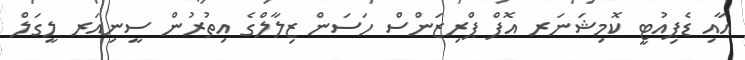
އާއި ޑެޕިއުޓީ ކޮމިޝަނަރ އޮފް ޕްރިޒަންސް ހަސަން ޒިލާލްގެ އިތުރުން ސީނިއަރ ލީގަލް